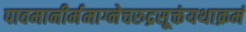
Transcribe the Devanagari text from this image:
पावमानीर्ममाग्नेचरुद्रसूक्तंयथाक्रमं